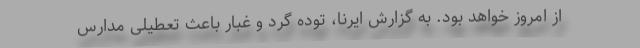
از امروز خواهد بود. به گزارش ایرنا، توده گرد و غبار باعث تعطیلی مدارس